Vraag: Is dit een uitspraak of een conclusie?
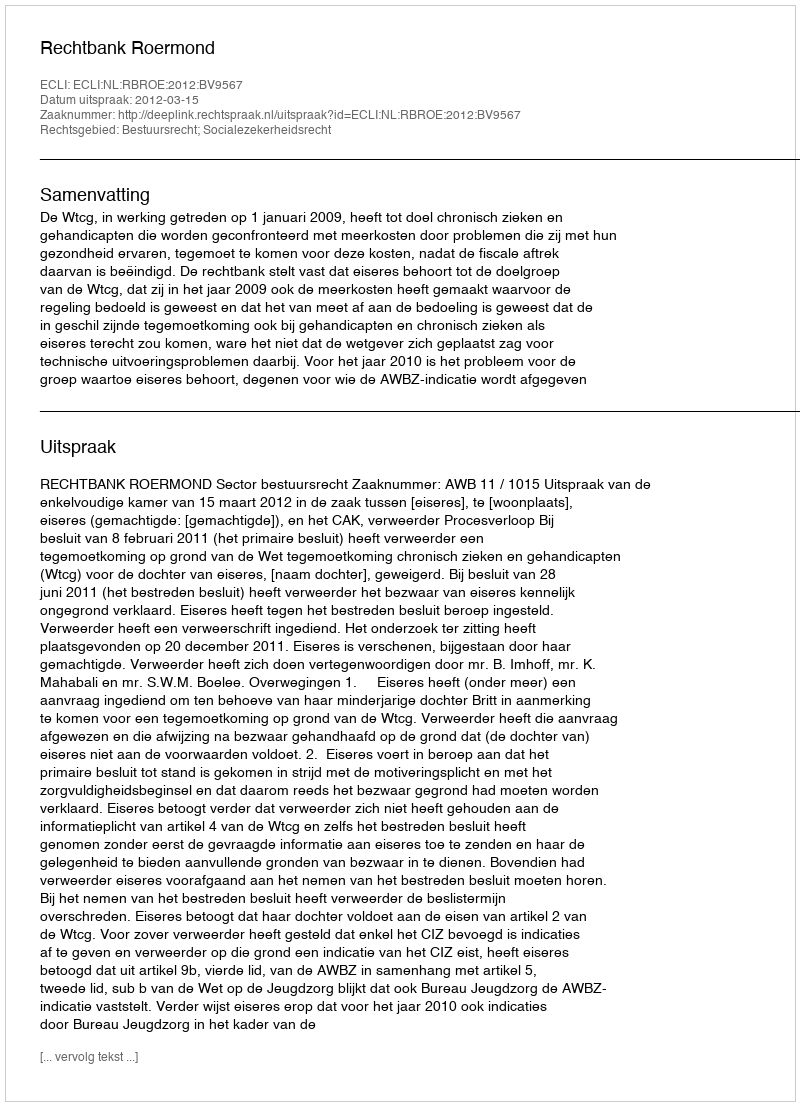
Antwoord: Uitspraak